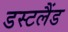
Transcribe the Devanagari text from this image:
डस्टलैंड